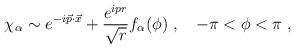
LaTeX: \begin{align*}\chi_\alpha\sim e^{-i\vec{p}\cdot \vec{x}}+{e^{i p r}\over\sqrt{r}}f_\alpha(\phi)\; ,\quad -\pi<\phi<\pi\; ,\end{align*}